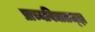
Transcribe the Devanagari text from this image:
प्राच्यविद्यातज्‍ज्ञ